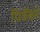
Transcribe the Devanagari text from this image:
पित्रैंको